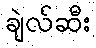
ချဲလ်ဆီး